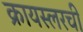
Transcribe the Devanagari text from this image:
क्रायस्लरची